Civil Veterinary Dept. North-West Frontier Province 1933-46 - 1933-1946
Year: 1933
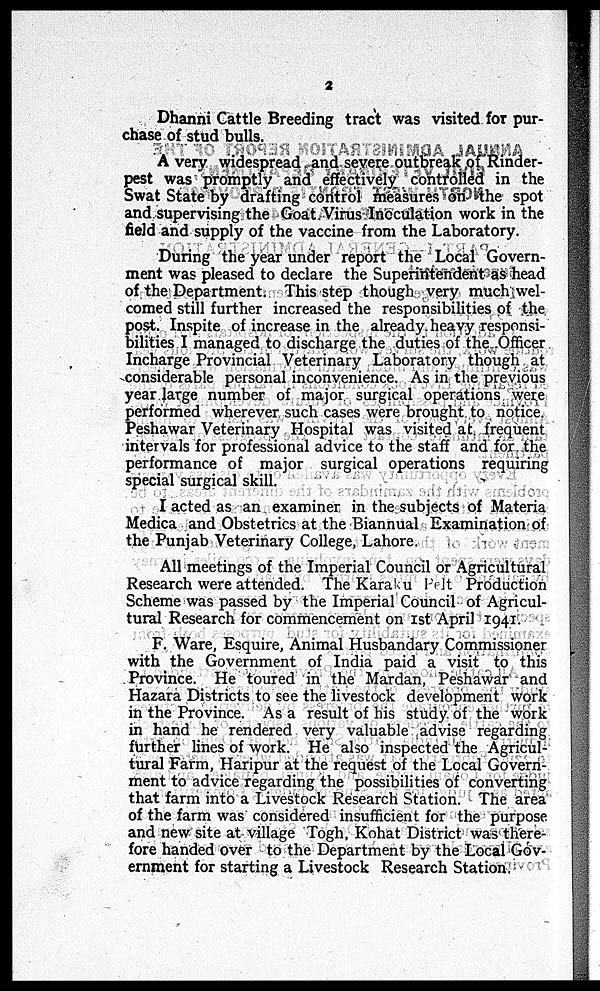
2
Dhanni Cattle Breeding tract was visited for pur-
chase of stud bulls.
A very widespread and severe outbreak of Rinder-
pest was promptly and effectively controlled in the
Swat State by drafting control measures on the spot
and supervising the Goat Virus Inoculation work in the
field and supply of the vaccine from the Laboratory.
During the year under report the Local Govern-
ment was pleased to declare the Superintendent as head
of the Department. This step though very much wel-
comed still further increased the responsibilities of the
post. Inspite of increase in the already heavy responsi-
bilities I managed to discharge the duties of the Officer
Incharge Provincial Veterinary Laboratory though at
considerable personal inconvenience. As in the previous
year large number of major surgical operations were
performed wherever such cases were brought to notice.
Peshawar Veterinary Hospital was visited at frequent
intervals for professional advice to the staff and for the
performance of major surgical operations requiring
special surgical skill.
I acted as an examiner in the subjects of Materia
Medica and Obstetrics at the Biannual Examination of
the Punjab Veterinary College, Lahore.
All meetings of the Imperial Council or Agricultural
Research were attended. The Karaku Pelt Production
Scheme was passed by the Imperial Council of Agricul-
tural Research for commencement on 1st April 1941.
F. Ware, Esquire, Animal Husbandary Commissioner
with the Government of India paid a visit to this
Province. He toured in the Mardan, Peshawar and
Hazara Districts to see the livestock development work
in the Province. As a result of his study of the work
in hand he rendered very valuable advise regarding
further lines of work. He also inspected the Agricul-
tural Farm, Haripur at the request of the Local Govern-
ment to advice regarding the possibilities of converting
that farm into a Livestock Research Station. The area
of the farm was considered insufficient for the purpose
and new site at village Togh, Kohat District was there-
fore handed over to the Department by the Local Gov-
ernment for starting a Livestock Research Station.